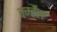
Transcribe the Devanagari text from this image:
क्म्हैल